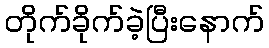
တိုက်ခိုက်ခဲ့ပြီးနောက်